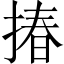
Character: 𢰦